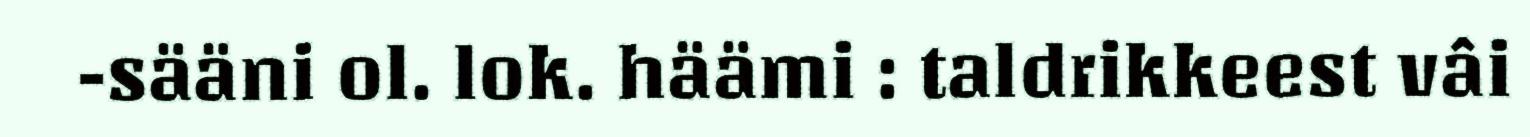
-sääni ol. lok. häämi : taldrikkeest vâi